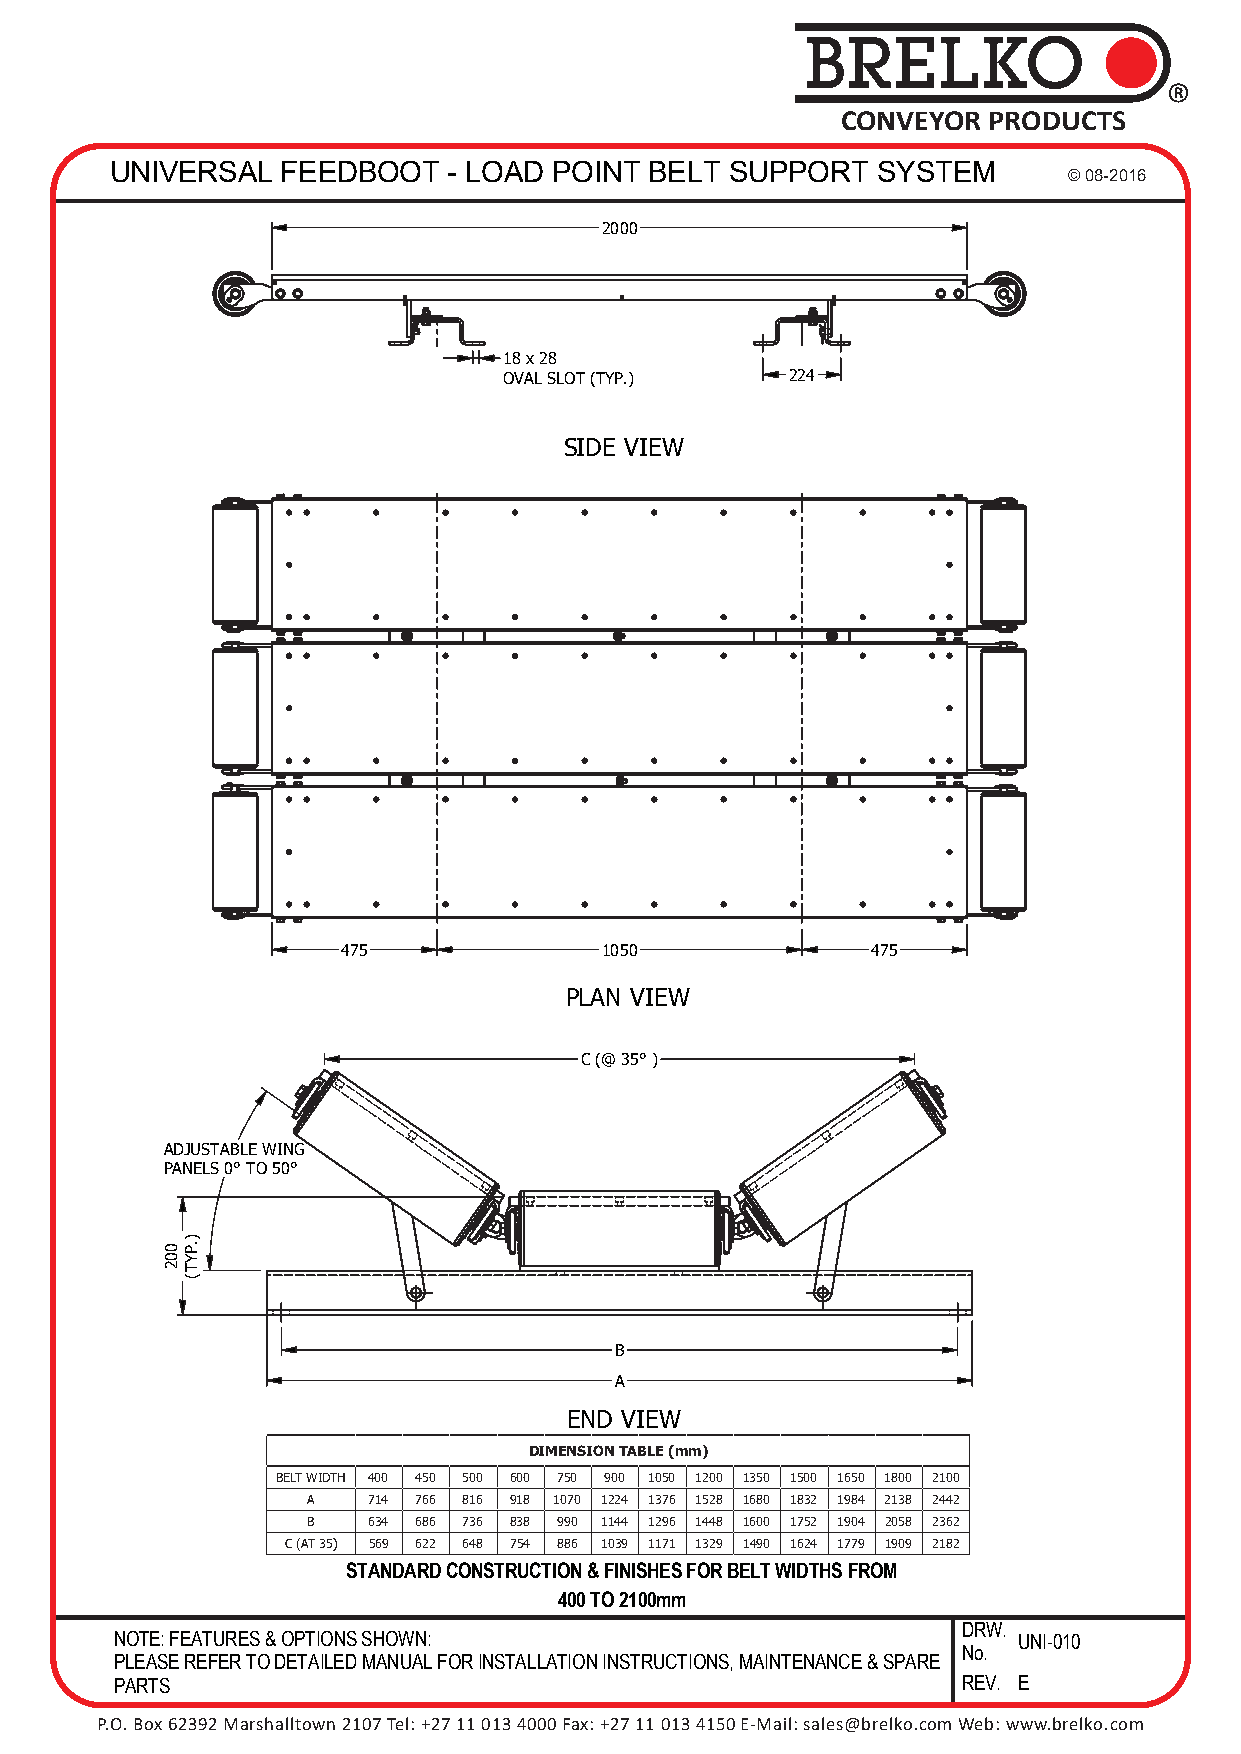
BRELKO
 ®
 CONVEYOR PRODUCTS
 UNIVERSAL   FEEDBOOT   - LOAD POINT BELT SUPPORT   SYSTEM
 © 08-2016
 2000
 18 x 28
 OVAL SLOT (TYP.)   224
 SIDE VIEW
 475              1050              475
 PLAN VIEW
 C (@ 35° )
 ADJUSTABLE WING
 PANELS 0° TO 50°
 0).P
 0Y
 2T
 (
 B
 A
 END VIEW
 DIMENSION TABLE (mm)
 BELT WIDTH 400 450 500 600 750 900 1050 1200 1350 1500 1650 1800 2100
 A   714 766 816 918 1070 1224 1376 1528 1680 1832 1984 2138 2442
 B   634 686 736 838 990 1144 1296 1448 1600 1752 1904 2058 2362
 C (AT 35) 569 622 648 754 886 1039 1171 1329 1490 1624 1779 1909 2182
 STANDARD CONSTRUCTION & FINISHES FOR BELT WIDTHS FROM
 400 TO 2100mm
 DRW.
 NOTE: FEATURES & OPTIONS SHOWN:                            UNI-010
 No.
 PLEASE REFER TO DETAILED MANUAL FOR INSTALLATION INSTRUCTIONS, MAINTENANCE & SPARE
 PARTS                                                   REV. E
 P.O. Box 62392 Marshalltown 2107 Tel: +27 11 013 4000 Fax: +27 11 013 4150 E-Mail: sales@brelko.com Web: www.brelko.com